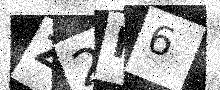
Text: Z2R6